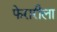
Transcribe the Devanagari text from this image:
फेरारीला